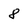
Character: 8